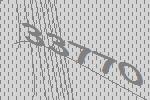
33770